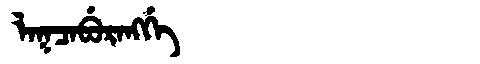
Manchu: ᠯᠠᡴᠴᠠᠪᡠᡵᠠᠩᡤᡝ
Romanization: LAKCABURANGGE